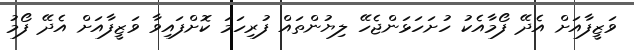
ވަޒީފާއަށް އެދޭ ފޯމާއެކު ހުށަހަޅަންޖެހޭ ލިޔުންތައް ފުރިހަމަ ކޮށްފައިވާ ވަޒީފާއަށް އެދޭ ފޯމު